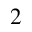
^ 2